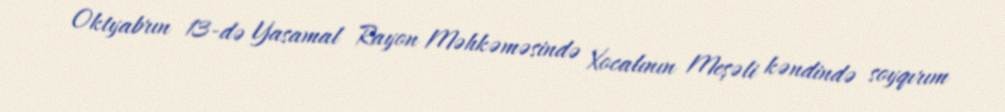
Oktyabrın 13-də Yasamal Rayon Məhkəməsində Xocalının Meşəli kəndində soyqırım